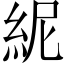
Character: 𥿡